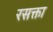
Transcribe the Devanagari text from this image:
रसक्ता